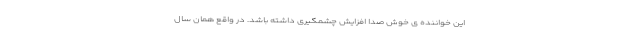
این خواننده ی خوش صدا افزایش چشمگیری داشته باشد. در واقع همان سال